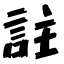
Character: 註